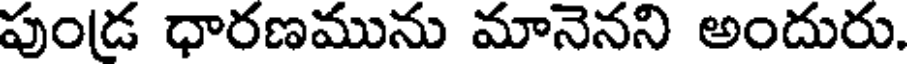
పుండ ధారణమును మానెనని అందురు.